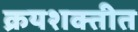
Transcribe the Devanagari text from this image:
क्रयशक्तीत